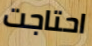
احتاجت